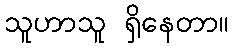
သူဟာသူ ရှိနေတာ။